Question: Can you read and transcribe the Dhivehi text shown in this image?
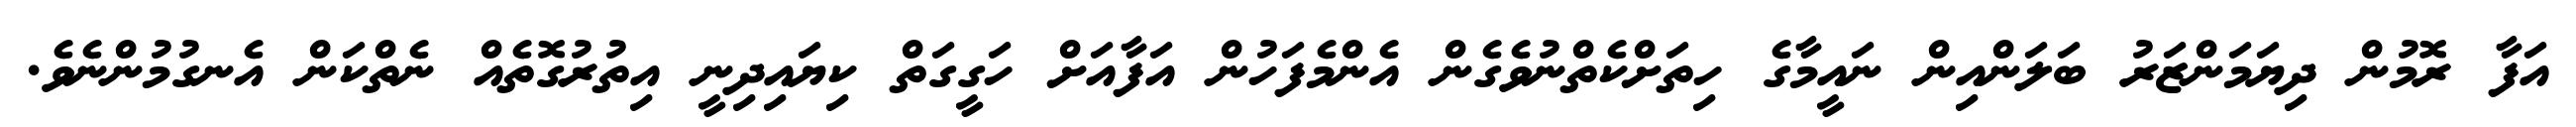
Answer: އަފާ ރޮމުން ދިޔަމަންޒަރު ބަލަންއިން ނައީމާގެ ހިތަށްކެތްނުވެގެން އެންމެފަހުން އަފާއަށް ހަގީގަތް ކިޔައިދިނީ އިތުރުގޮތެއް ނެތްކަން އެނގުމުންނެވެ.